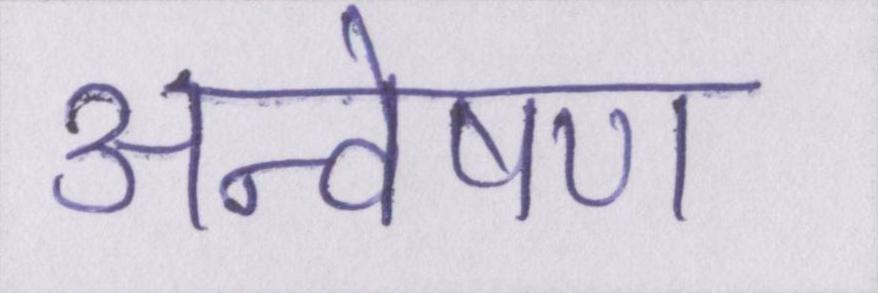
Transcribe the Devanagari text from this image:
अन्वेषण